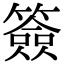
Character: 簽